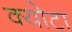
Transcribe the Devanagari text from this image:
क्योटा